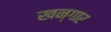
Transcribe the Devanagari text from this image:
खन्गार